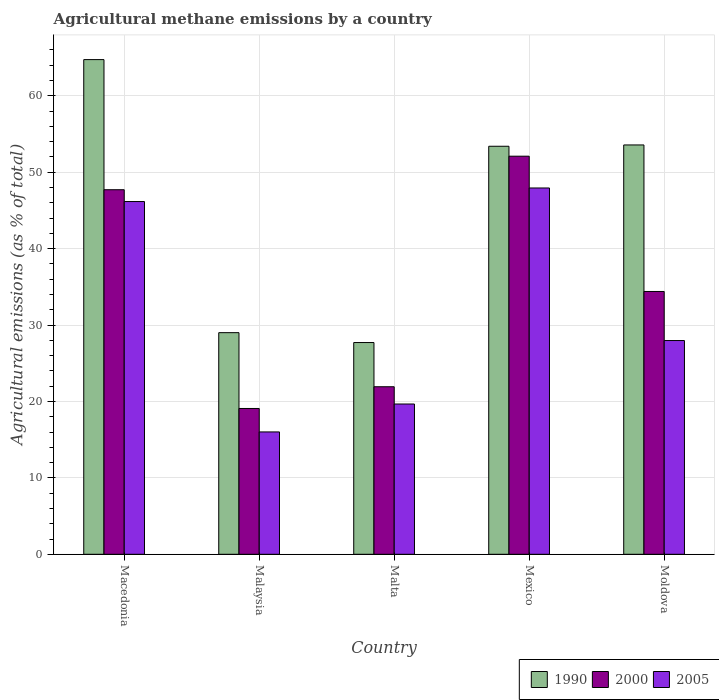
| Country | 1990 | 2000 | 2005 |
 | --- | --- | --- | --- |
 | Macedonia | 64.7 | 47.7 | 46.2 |
 | Malaysia | 29 | 19.1 | 16 |
 | Malta | 27.7 | 21.9 | 19.7 |
 | Mexico | 53.4 | 52.1 | 47.9 |
 | Moldova | 53.6 | 34.4 | 28 |